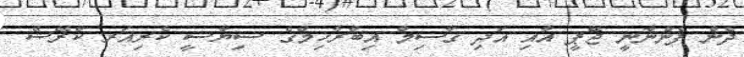
ދެން ފެންނާނީ ޖޭޕީ އާއި އަދި ގާސިމް އިބްރާހިމްގެ ސިޔާސީ ކެރިއަރ ކްރޭޝް